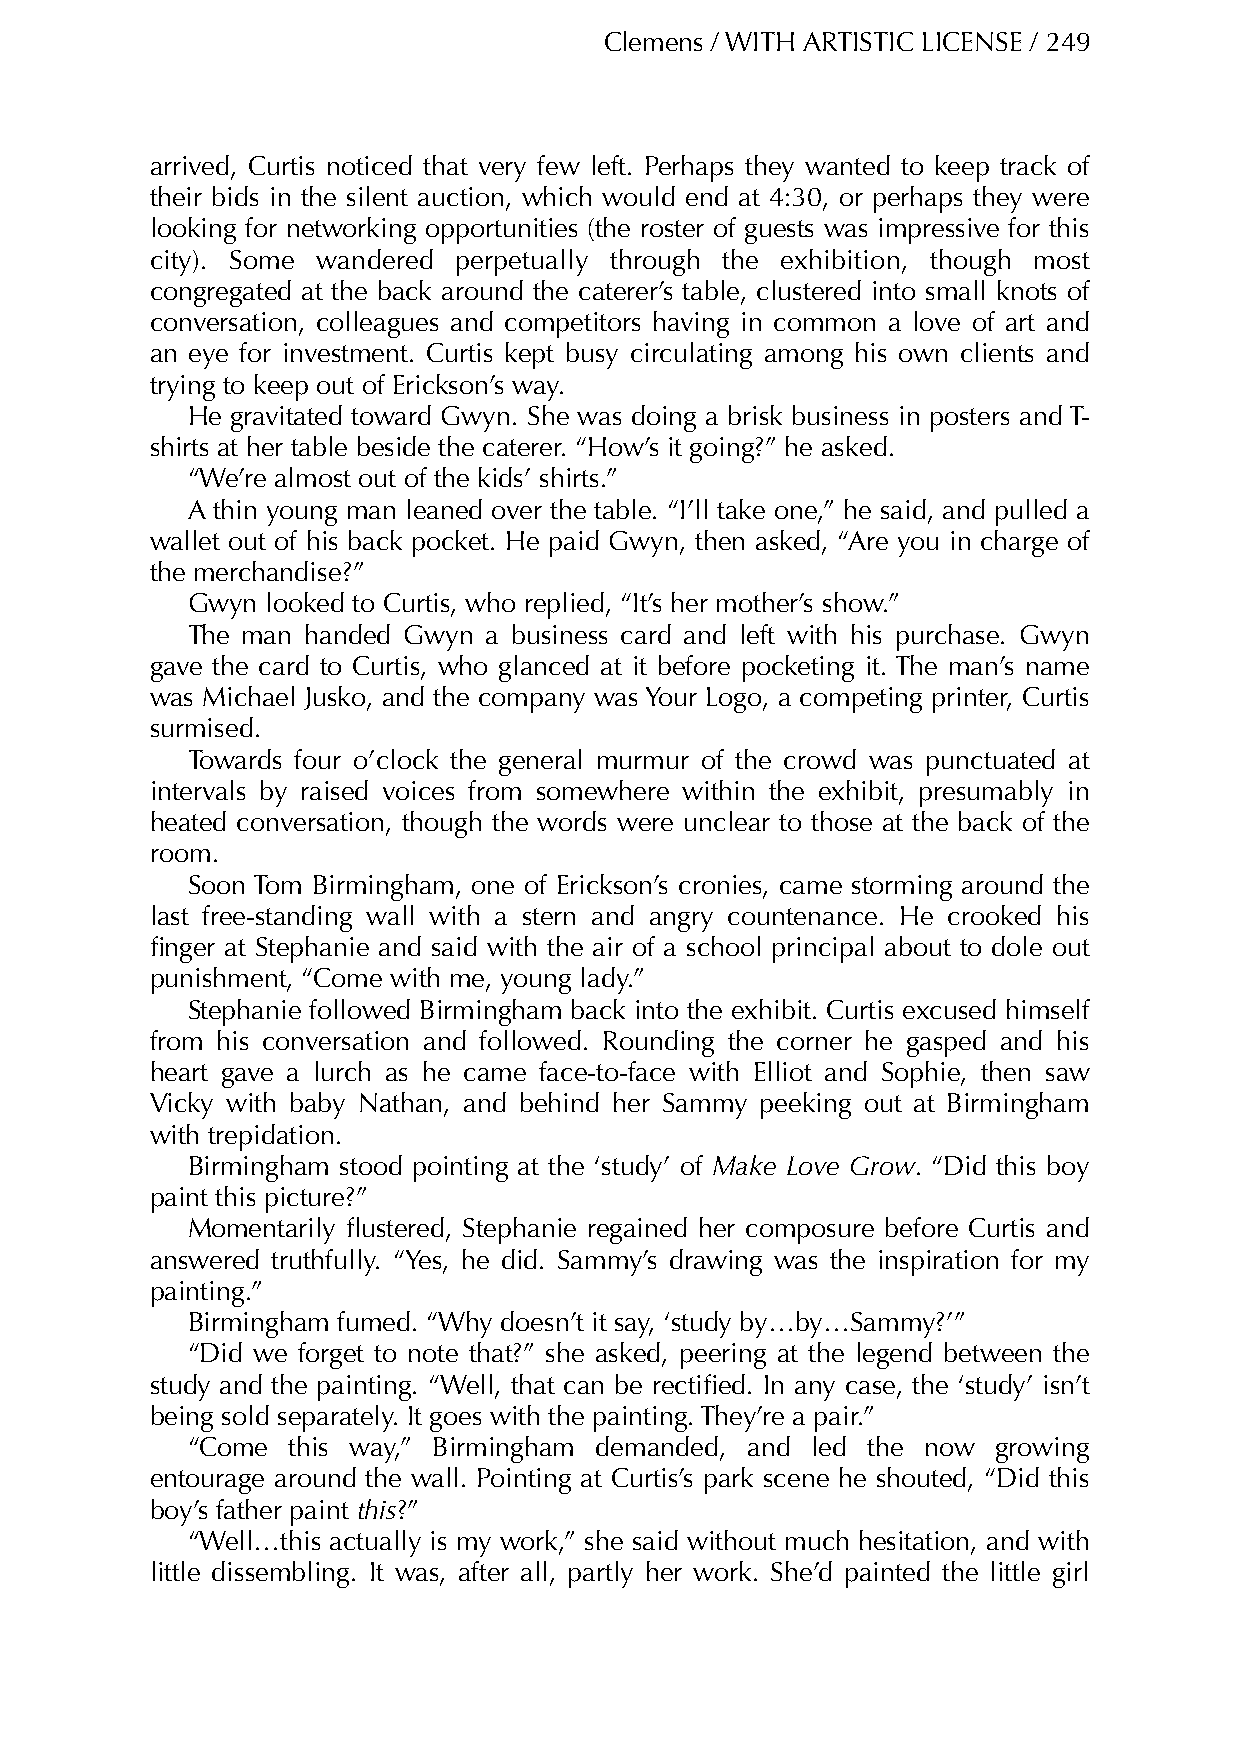
Clemens / WITH ARTISTIC LICENSE / 249
 arrived, Curtis noticed that very few left. Perhaps they wanted to keep track of
 their bids in the silent auction, which would end at 4:30, or perhaps they were
 looking for networking opportunities (the roster of guests was impressive for this
 city). Some wandered perpetually through the exhibition, though most
 congregated at the back around the caterer’s table, clustered into small knots of
 conversation, colleagues and competitors having in common a love of art and
 an eye for investment. Curtis kept busy circulating among his own clients and
 trying to keep out of Erickson’s way.
 He gravitated toward Gwyn. She was doing a brisk business in posters and T-
 shirts at her table beside the caterer. “How’s it going?” he asked.
 “We’re almost out of the kids’ shirts.”
 A thin young man leaned over the table. “I’ll take one,” he said, and pulled a
 wallet out of his back pocket. He paid Gwyn, then asked, “Are you in charge of
 the merchandise?”
 Gwyn  looked to Curtis, who replied, “It’s her mother’s show.”
 The man handed Gwyn a business card and left with his purchase. Gwyn
 gave the card to Curtis, who glanced at it before pocketing it. The man’s name
 was Michael Jusko, and the company was Your Logo, a competing printer, Curtis
 surmised.
 Towards four o’clock the general murmur of the crowd was punctuated at
 intervals by raised voices from somewhere within the exhibit, presumably in
 heated conversation, though the words were unclear to those at the back of the
 room.
 Soon Tom Birmingham, one of Erickson’s cronies, came storming around the
 last free-standing wall with a stern and angry countenance. He crooked his
 finger at Stephanie and said with the air of a school principal about to dole out
 punishment, “Come with me, young lady.”
 Stephanie followed Birmingham back into the exhibit. Curtis excused himself
 from his conversation and followed. Rounding the corner he gasped and his
 heart gave a lurch as he came face-to-face with Elliot and Sophie, then saw
 Vicky with baby Nathan, and behind her Sammy peeking out at Birmingham
 with trepidation.
 Birmingham stood pointing at the ‘study’ of Make Love Grow. “Did this boy
 paint this picture?”
 Momentarily flustered, Stephanie regained her composure before Curtis and
 answered truthfully. “Yes, he did. Sammy’s drawing was the inspiration for my
 painting.”
 Birmingham fumed. “Why doesn’t it say, ‘study by…by…Sammy?’”
 “Did we forget to note that?” she asked, peering at the legend between the
 study and the painting. “Well, that can be rectified. In any case, the ‘study’ isn’t
 being sold separately. It goes with the painting. They’re a pair.”
 “Come  this way,” Birmingham demanded, and led the now growing
 entourage around the wall. Pointing at Curtis’s park scene he shouted, “Did this
 boy’s father paint this?”
 “Well…this actually is my work,” she said without much hesitation, and with
 little dissembling. It was, after all, partly her work. She’d painted the little girl